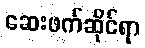
ဆေးဖက်ဆိုင်ရာ